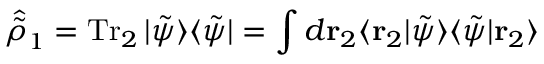
\hat { \tilde { \rho } } _ { 1 } = \operatorname { T r } _ { 2 } | \tilde { \psi } \rangle \langle \tilde { \psi } | = \int d \mathbf { r } _ { 2 } \langle \mathbf { r } _ { 2 } | \tilde { \psi } \rangle \langle \tilde { \psi } | \mathbf { r } _ { 2 } \rangle